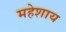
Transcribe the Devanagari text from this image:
महेशाय